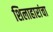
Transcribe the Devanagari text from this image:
शिलाहारांचा